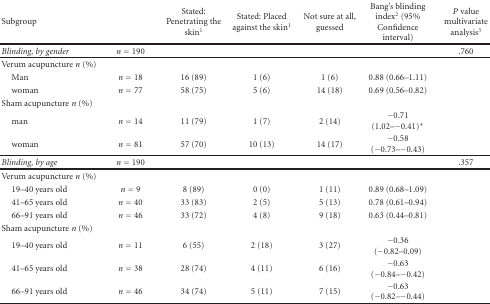
| Subgroup |  | Stated: Penetrating the skin1 | Stated: Placed against the skin1 | Not sure at all, guessed | Bang's blinding index2 (95% Confidence interval) | P value multivariate analysis3 |
 | --- | --- | --- | --- | --- | --- | --- |
 | Blinding, by gender | n = 190 |  |  |  |  | .760 |
 | Verum acupuncture n (%) |  |  |  |  |  |  |
 | Man | n = 18 | 16 (89) | 1 (6) | 1 (6) | 0.88 (0.66–1.11) |  |
 | woman | n = 77 | 58 (75) | 5 (6) | 14 (18) | 0.69 (0.56–0.82) |  |
 | Sham acupuncture n (%) |  |  |  |  |  |  |
 | man | n = 14 | 11 (79) | 1 (7) | 2 (14) | −0.71 (1.02–−0.41)* |  |
 | woman | n = 81 | 57 (70) | 10 (13) | 14 (17) | −0.58 (−0.73–−0.43) |  |
 | Blinding, by age | n = 190 |  |  |  |  | .357 |
 | Verum acupuncture n (%) |  |  |  |  |  |  |
 | 19–40 years old | n = 9 | 8 (89) | 0 (0) | 1 (11) | 0.89 (0.68–1.09) |  |
 | 41–65 years old | n = 40 | 33 (83) | 2 (5) | 5 (13) | 0.78 (0.61–0.94) |  |
 | 66–91 years old | n = 46 | 33 (72) | 4 (8) | 9 (18) | 0.63 (0.44–0.81) |  |
 | Sham acupuncture n (%) |  |  |  |  |  |  |
 | 19–40 years old | n = 11 | 6 (55) | 2 (18) | 3 (27) | −0.36 (−0.82–0.09) |  |
 | 41–65 years old | n = 38 | 28 (74) | 4 (11) | 6 (16) | −0.63 (−0.84–−0.42) |  |
 | 66–91 years old | n = 46 | 34 (74) | 5 (11) | 7 (15) | −0.63 (−0.82–−0.44) |  |